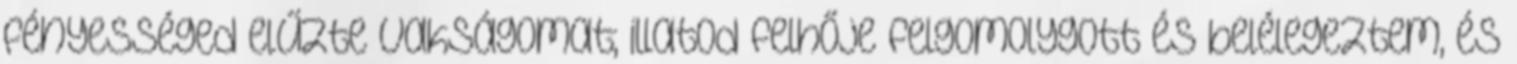
fényességed elűzte vakságomat; illatod felhője felgomolygott és belélegeztem, és